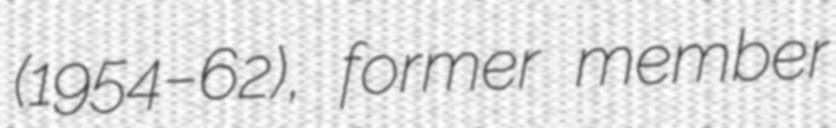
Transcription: (1954–62), former member